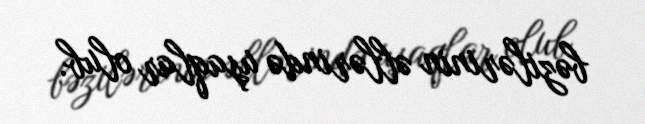
bəzilərinin əllərində uşaqlar olub.